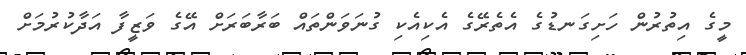
މީގެ އިތުރުން ހަށިގަނޑުގެ އެތެރޭގެ އެކިއެކި ގުނަވަންތައް ބަރާބަރަށް އޭގެ ވަޒީފާ އަދާކުރުމަށް